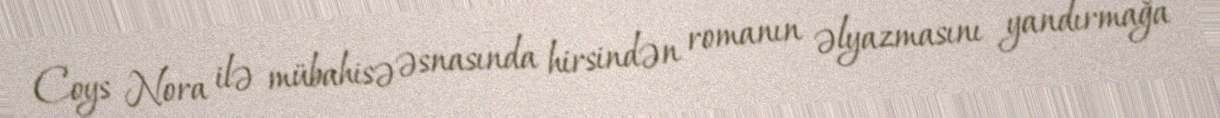
Coys Nora ilə mübahisə əsnasında hirsindən romanın əlyazmasını yandırmağa